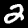
Label: 2